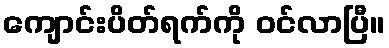
ကျောင်းပိတ်ရက်ကို ဝင်လာပြီ။